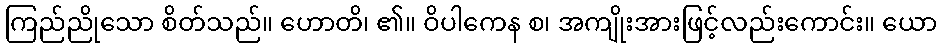
ကြည်ညိုသော စိတ်သည်။ ဟောတိ၊ ၏။ ဝိပါကေန စ၊ အကျိုးအားဖြင့်လည်းကောင်း။ ယော